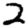
Digit: 2